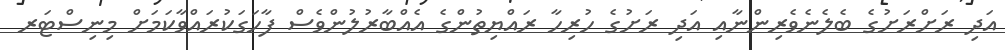
އަދި ރަށްރަށުގެ ބެލެނެވެރިންނާއި އަދި ރަށުގެ ހުރިހާ ރައްޔިތުންގެ އެއްބާރުލުންވެސް ފާހަގަކުރައްވާކަމަށް މިނިސްޓަރ